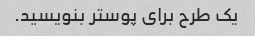
یک طرح برای پوستر بنویسید.